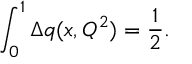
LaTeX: \int _ { 0 } ^ { 1 } \Delta q ( x , Q ^ { 2 } ) = { \frac { 1 } { 2 } } .